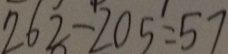
2 6 2 - 2 0 5 = 5 7